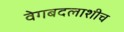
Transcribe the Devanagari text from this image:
वेगबदलाशीच